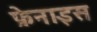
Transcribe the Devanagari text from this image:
फ्रेनाइस